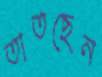
তাতছেন